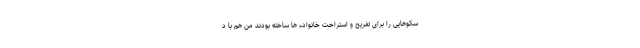
سکوهایی را برای تفریح و استراحت خانواده ها ساخته بودند من هم با د